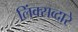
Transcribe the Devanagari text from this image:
लिंक्सव्दारे